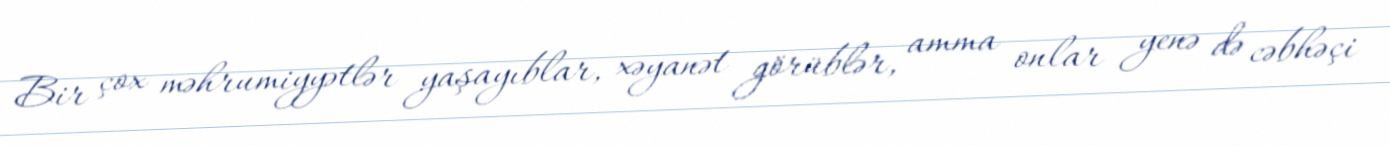
Bir çox məhrumiyyətlər yaşayıblar, xəyanət görüblər, amma onlar yenə də cəbhəçi